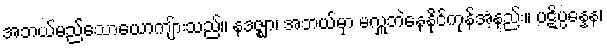
အဘယ်မည်သောယောကျ်ားသည်။ နဒဇ္ဈာ၊ အဘယ်မှာ မလှူဘဲနေနိုင်ကုန်အံ့နည်း။ ပဋိပ္ပန္နေန၊